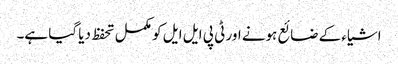
اشیاء کے ضائع ہونے اور ٹی پی ایل ایل کو مکمل تحفظ دیا گیا ہے۔